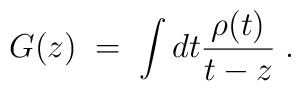
G(z) \; = \; \int dt\frac{\rho(t)}{t-z} \; .